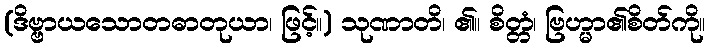
(ဒိဗ္ဗာယသောတဓာတုယာ၊ ဖြင့်။) သုဏာတိ၊ ၏။ စိတ္တံ၊ ဗြဟ္မာ၏စိတ်ကို။